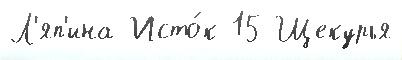
Л'яп'ина Исто́к 15 Щекурья